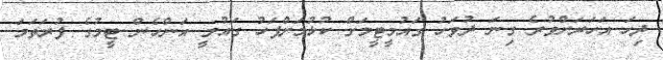
ދިހަ އަހަރަށްވުރެ ގިނަ ދުވަހު ގައުމީޓީމަށް ކުޅުމަށްފަހު ގައުމީ އަންހެން ޓީމުގެ ފުރަތަމަ